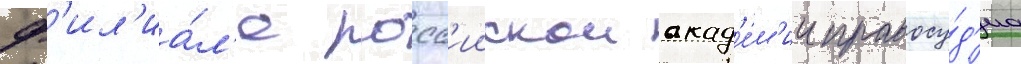
ф'ил'иа́л'е росс'иискои акад'е́м'ии правосу́д'иа